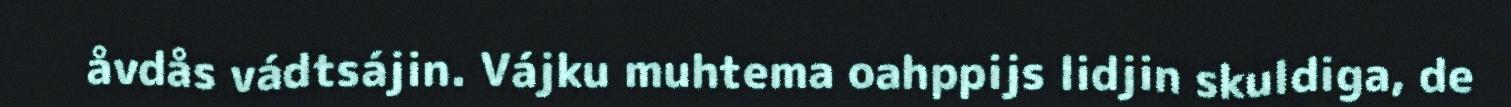
åvdås vádtsájin. Vájku muhtema oahppijs lidjin skuldiga, de